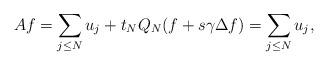
LaTeX: \begin{align*}Af = \sum_{j\leq N} u_j + t_NQ_N (f+s\gamma\Delta f) = \sum_{j \leq N} u_j,\end{align*}